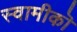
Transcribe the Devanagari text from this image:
स्वामीकॊ